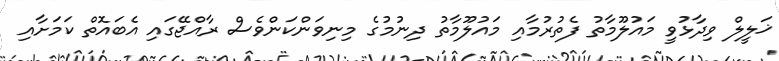
ޚަލީލް ވިދާޅުވީ މައުލޫމާތު ފެތުރުމާއި މައުލޫމާތު ދިނުމުގެ މިނިވަންކަންވެސް ރާއްޖޭގައި އެބައޮތް ކަމަށާއި